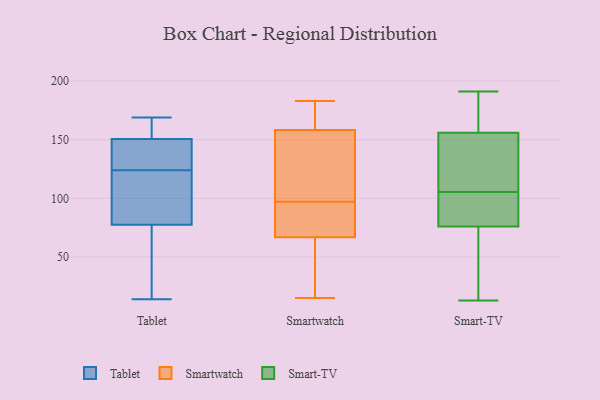
{"axis": {"x": "Latency (ms)", "y": "Value"}, "legend": ["Smart-TV", "Smartwatch", "Tablet"], "data": [{"x": "", "y": 58, "type": "Tablet"}, {"x": "", "y": 33, "type": "Tablet"}, {"x": "", "y": 169, "type": "Tablet"}, {"x": "", "y": 123, "type": "Tablet"}, {"x": "", "y": 143, "type": "Tablet"}, {"x": "", "y": 128, "type": "Tablet"}, {"x": "", "y": 97, "type": "Tablet"}, {"x": "", "y": 168, "type": "Tablet"}, {"x": "", "y": 121, "type": "Tablet"}, {"x": "", "y": 158, "type": "Tablet"}, {"x": "", "y": 14, "type": "Tablet"}, {"x": "", "y": 125, "type": "Tablet"}, {"x": "", "y": 57, "type": "Smartwatch"}, {"x": "", "y": 77, "type": "Smartwatch"}, {"x": "", "y": 162, "type": "Smartwatch"}, {"x": "", "y": 50, "type": "Smartwatch"}, {"x": "", "y": 141, "type": "Smartwatch"}, {"x": "", "y": 159, "type": "Smartwatch"}, {"x": "", "y": 28, "type": "Smartwatch"}, {"x": "", "y": 178, "type": "Smartwatch"}, {"x": "", "y": 158, "type": "Smartwatch"}, {"x": "", "y": 97, "type": "Smartwatch"}, {"x": "", "y": 15, "type": "Smartwatch"}, {"x": "", "y": 80, "type": "Smartwatch"}, {"x": "", "y": 144, "type": "Smartwatch"}, {"x": "", "y": 70, "type": "Smartwatch"}, {"x": "", "y": 152, "type": "Smartwatch"}, {"x": "", "y": 183, "type": "Smartwatch"}, {"x": "", "y": 97, "type": "Smartwatch"}, {"x": "", "y": 134, "type": "Smart-TV"}, {"x": "", "y": 93, "type": "Smart-TV"}, {"x": "", "y": 138, "type": "Smart-TV"}, {"x": "", "y": 77, "type": "Smart-TV"}, {"x": "", "y": 82, "type": "Smart-TV"}, {"x": "", "y": 13, "type": "Smart-TV"}, {"x": "", "y": 39, "type": "Smart-TV"}, {"x": "", "y": 156, "type": "Smart-TV"}, {"x": "", "y": 174, "type": "Smart-TV"}, {"x": "", "y": 191, "type": "Smart-TV"}, {"x": "", "y": 46, "type": "Smart-TV"}, {"x": "", "y": 166, "type": "Smart-TV"}, {"x": "", "y": 91, "type": "Smart-TV"}, {"x": "", "y": 51, "type": "Smart-TV"}, {"x": "", "y": 118, "type": "Smart-TV"}, {"x": "", "y": 76, "type": "Smart-TV"}, {"x": "", "y": 188, "type": "Smart-TV"}, {"x": "", "y": 133, "type": "Smart-TV"}]}